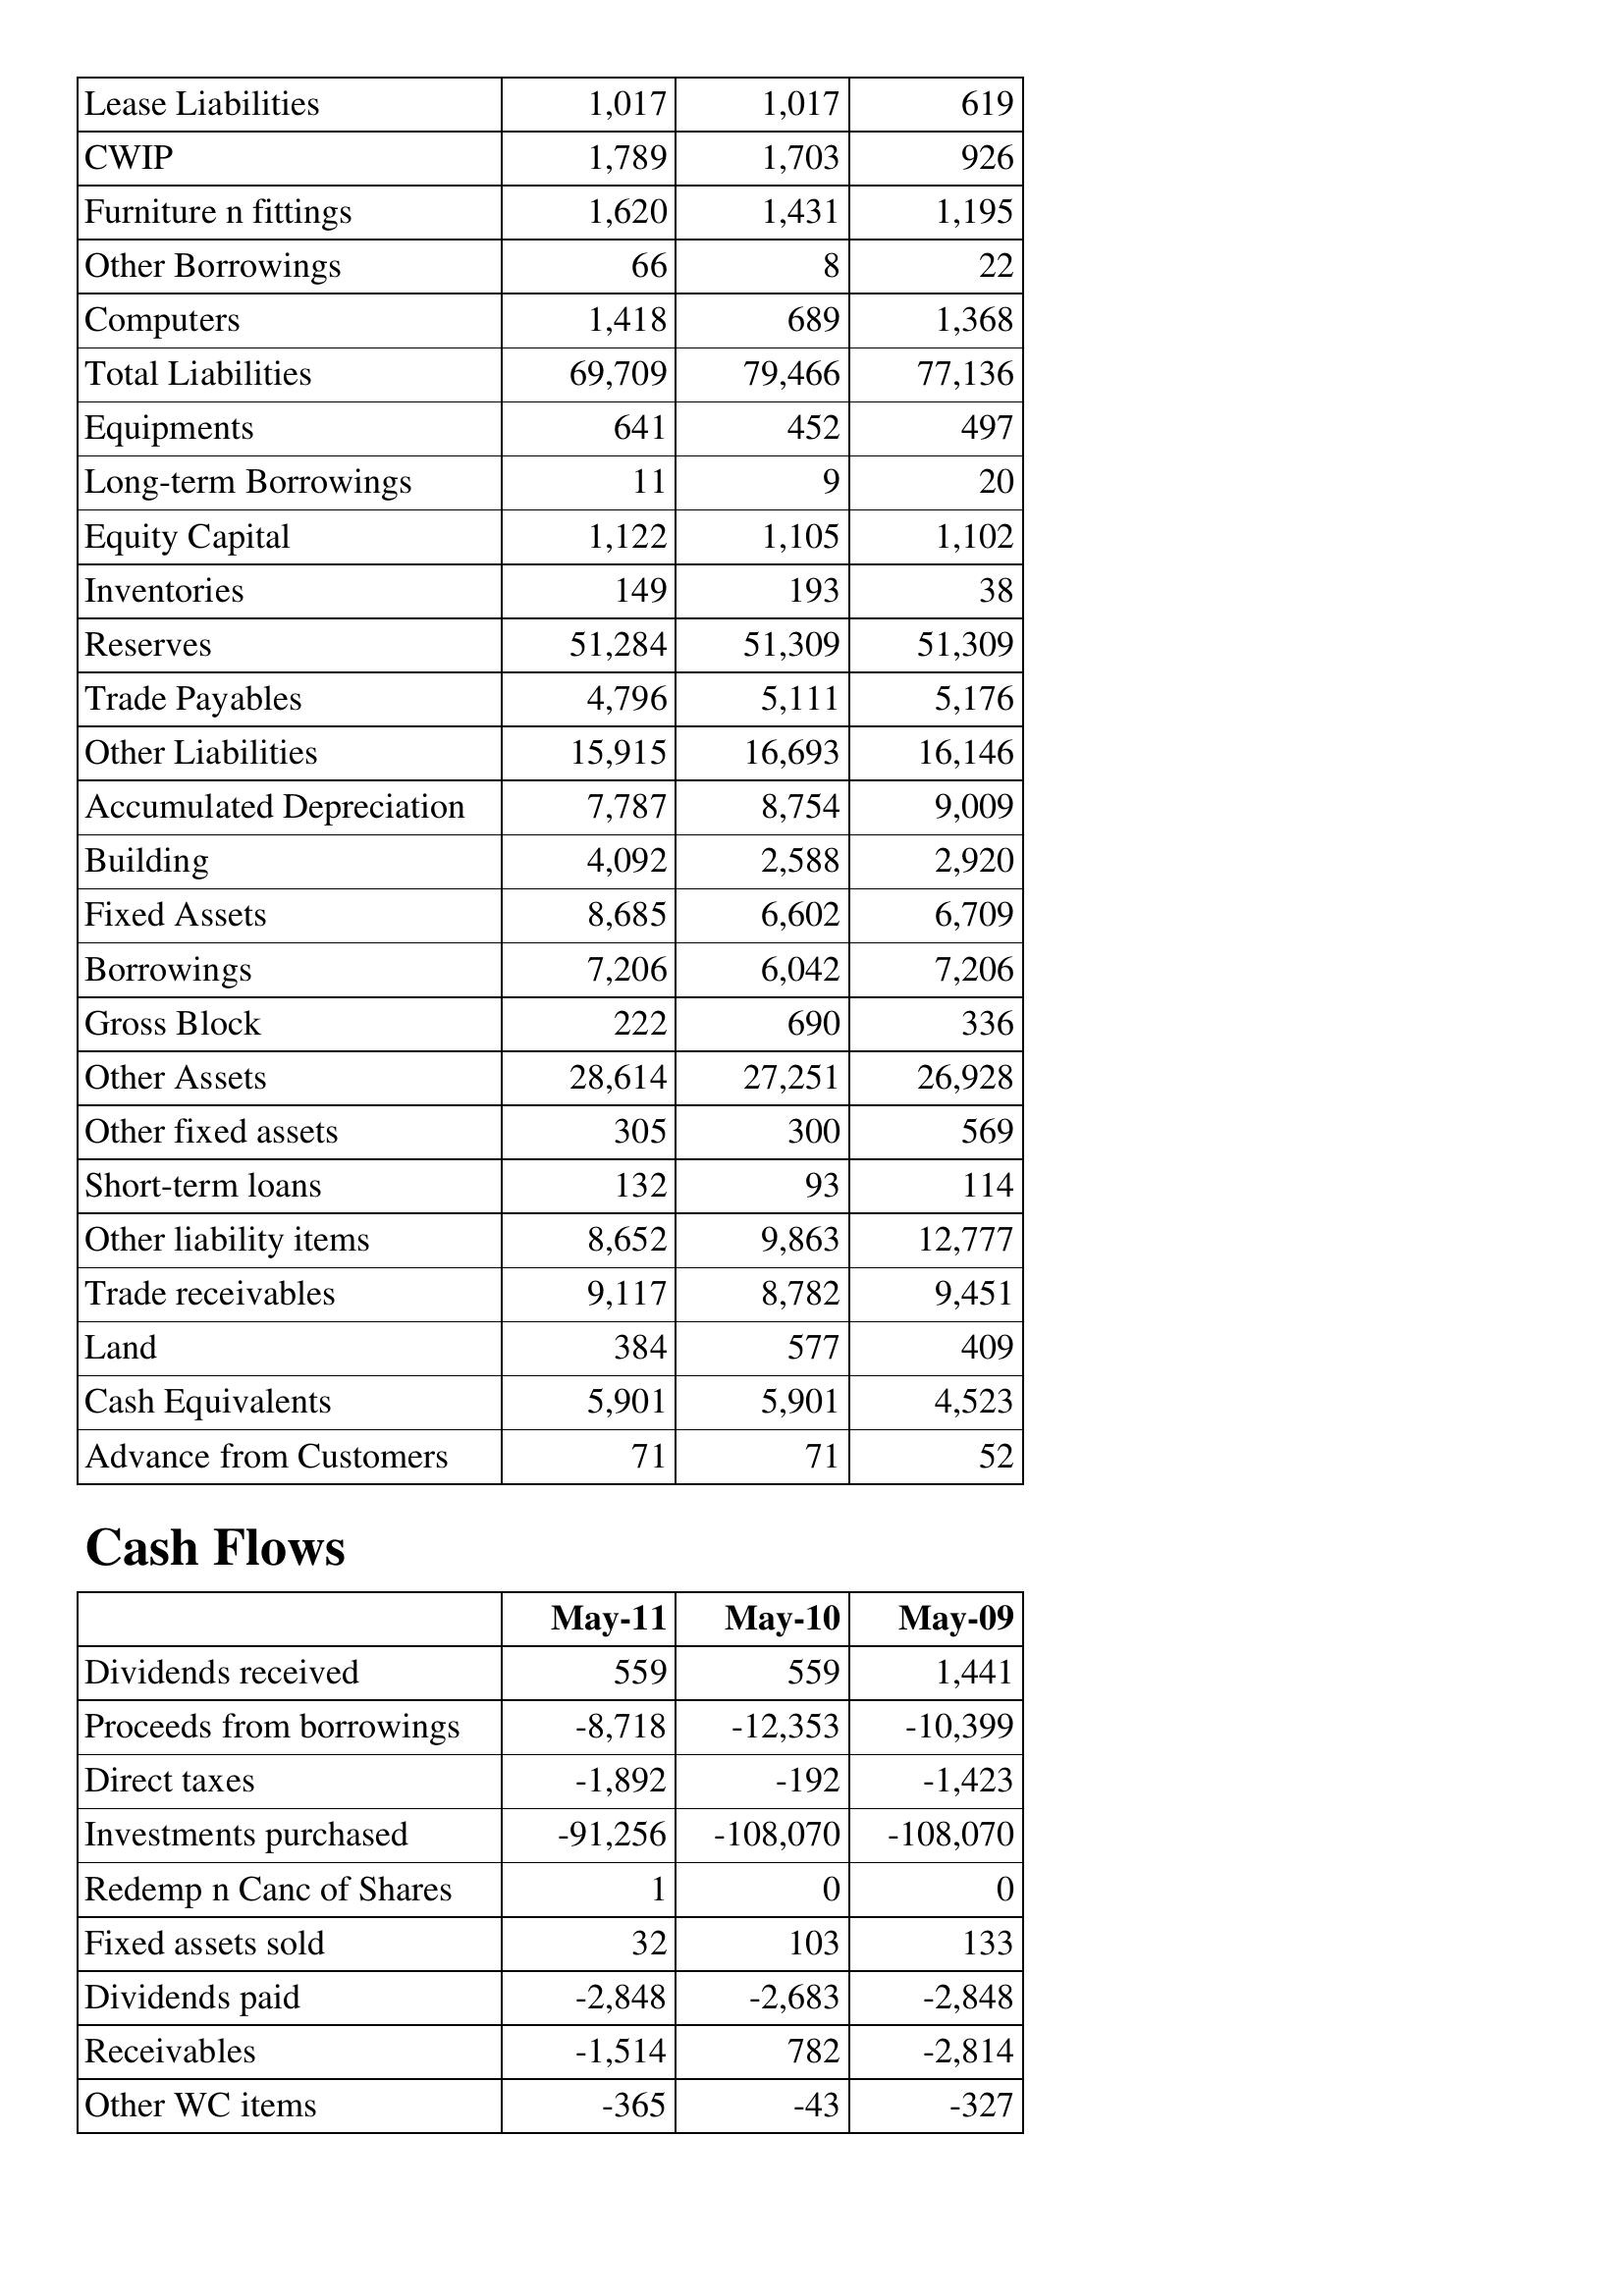
May-11: Balance Sheet: Lease Liabilities: 1,017
CWIP: 1,789
Furniture n fittings: 1,620
Other Borrowings: 66
Computers: 1,418
Total Liabilities: 69,709
Equipments: 641
Long-term Borrowings: 11
Equity Capital: 1,122
Inventories: 149
Reserves: 51,284
Trade Payables: 4,796
Other Liabilities: 15,915
Accumulated Depreciation: 7,787
Building: 4,092
Fixed Assets: 8,685
Borrowings: 7,206
Gross Block: 222
Other Assets: 28,614
Other fixed assets: 305
Short-term loans: 132
Other liability items: 8,652
Trade receivables: 9,117
Land: 384
Cash Equivalents: 5,901
Advance from Customers: 71
Cash Flows: Dividends received: 559
Proceeds from borrowings: -8,718
Direct taxes: -1,892
Investments purchased: -91,256
Redemp n Canc of Shares: 1
Fixed assets sold: 32
Dividends paid: -2,848
Receivables: -1,514
Other WC items: -365
May-10: Balance Sheet: Lease Liabilities: 1,017
CWIP: 1,703
Furniture n fittings: 1,431
Other Borrowings: 8
Computers: 689
Total Liabilities: 79,466
Equipments: 452
Long-term Borrowings: 9
Equity Capital: 1,105
Inventories: 193
Reserves: 51,309
Trade Payables: 5,111
Other Liabilities: 16,693
Accumulated Depreciation: 8,754
Building: 2,588
Fixed Assets: 6,602
Borrowings: 6,042
Gross Block: 690
Other Assets: 27,251
Other fixed assets: 300
Short-term loans: 93
Other liability items: 9,863
Trade receivables: 8,782
Land: 577
Cash Equivalents: 5,901
Advance from Customers: 71
Cash Flows: Dividends received: 559
Proceeds from borrowings: -12,353
Direct taxes: -192
Investments purchased: -108,070
Redemp n Canc of Shares: 0
Fixed assets sold: 103
Dividends paid: -2,683
Receivables: 782
Other WC items: -43
May-09: Balance Sheet: Lease Liabilities: 619
CWIP: 926
Furniture n fittings: 1,195
Other Borrowings: 22
Computers: 1,368
Total Liabilities: 77,136
Equipments: 497
Long-term Borrowings: 20
Equity Capital: 1,102
Inventories: 38
Reserves: 51,309
Trade Payables: 5,176
Other Liabilities: 16,146
Accumulated Depreciation: 9,009
Building: 2,920
Fixed Assets: 6,709
Borrowings: 7,206
Gross Block: 336
Other Assets: 26,928
Other fixed assets: 569
Short-term loans: 114
Other liability items: 12,777
Trade receivables: 9,451
Land: 409
Cash Equivalents: 4,523
Advance from Customers: 52
Cash Flows: Dividends received: 1,441
Proceeds from borrowings: -10,399
Direct taxes: -1,423
Investments purchased: -108,070
Redemp n Canc of Shares: 0
Fixed assets sold: 133
Dividends paid: -2,848
Receivables: -2,814
Other WC items: -327